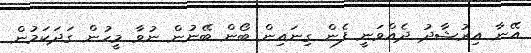
އޭނާ އިރުޝާދު ދެއްވަނީ ފެން ގިނައިން ބޯން ބޭނުން ނުވާ މީހުން ގަދަކަމުން